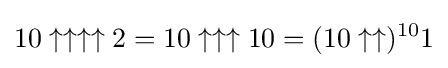
10\uparrow \uparrow \uparrow \uparrow 2=10\uparrow \uparrow \uparrow 10=(10\uparrow \uparrow )^{10}1